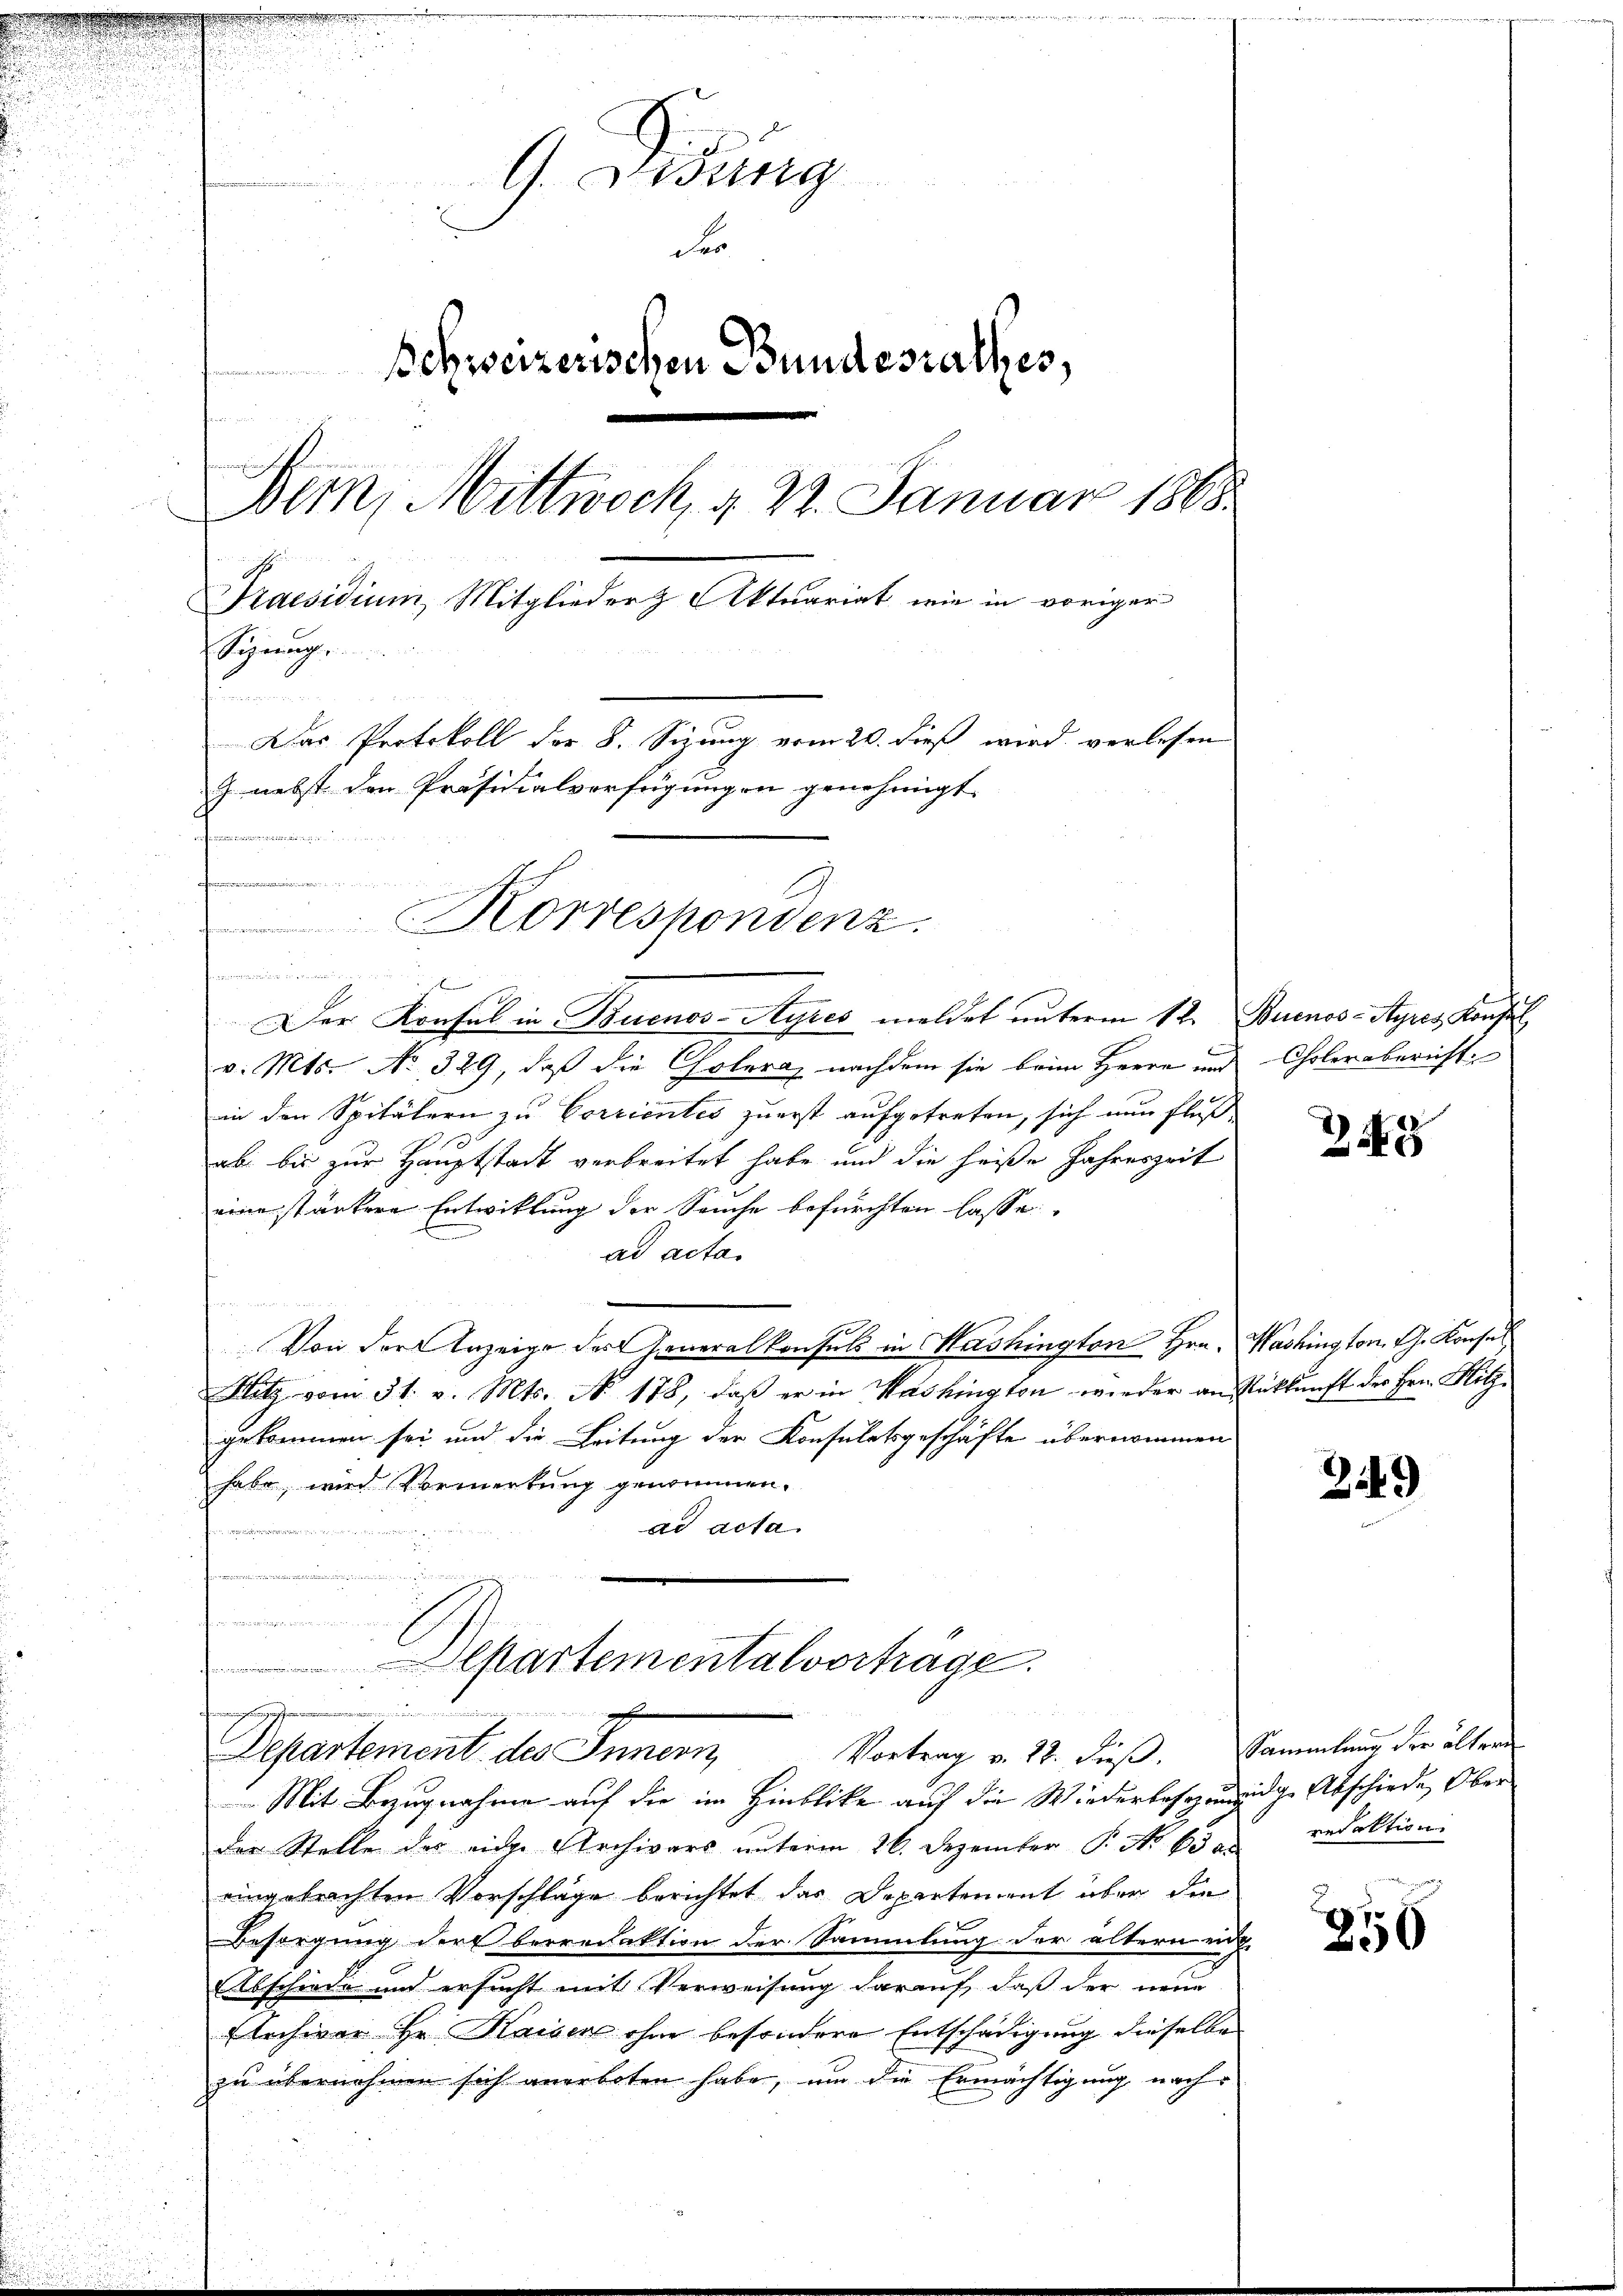
m
d

G. Lung
e
Fr
Schweizerischen Bundesrathes,
Bern, Mittwoch, d. 22. Januar 1888
Praesidium, Mitglieder Aktuariat, wie in voriger
Sigung.
1
Das Protokoll der 8. Sizung vom 20. dieß wird verlesen
G nebst den Präsidialverfügungen genehmigt.
i um eine
Aseen und die

v. Mts. No 329, daß die Cholera, nachdem sie beim Herrn und Cholerabericht
in den Spitälern zu Corrientes zuerst aufgetreten, sich nun fluß
e
ab bis zur Hauptstadt verbreitet habe und die heiße Jahreszeit
eine stärkere Entwicklung der Seuche befürchten lasse
ad acta.
Von der Anzeige der Generalkonsuls in Washington Hrn. Washington. Ch. Konses
Flitz vom 31. v. Mts. No. 178, daß er in Washington wieder an Rückkunft der Hrn. Hitz-
gekommen sei und die Leitung der Konsulatsgeschäfte übernommen
habe, wird Vormerkung genommen.
ad acta.

e

Departementalvortrage.

Korrespondenz.

Der Konsul in Buenos-Ayres meldet unterm 12. Buenos-Ayres Konfl

Eingangeschen
Vortrag v. 18. dieß. Sammlung der ältern
Departement des Innern

Mit Bezugnahme auf die im Hinblicke auf die Wiederbesezengige Abschiede Ober
der Stelle der eige Archivars unterm 26. Dezember P. No 63 ad redaktioni
eingebrachten Vorschläge berichtet das Departement über die
Besorgung der berredaktion der Sammlung der ältern ei
Abschiede und ersucht mit Verweisung darauf, daß der neue
Etrchiver Hr. Kaisen ohne besondere Entschädigung dieselbe
zu übernehmen sich anerboten habe, um die Ermächtigung nach

248

249

256